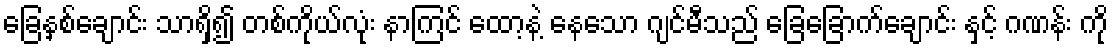
ခြေနှစ်ချောင်း သာရှိ၍ တစ်ကိုယ်လုံး နာကြင် ထော့နဲ့ နေသော ဂျင်မီသည် ခြေခြောက်ချောင်း နှင့် ဂဏန်း ကို